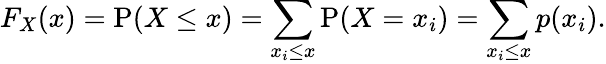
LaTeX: F_{X}(x)=\operatorname{P}(X\leq x)=\sum_{x_{i}\leq x}\operatorname{P}(X=x_{i})=\sum_{x_{i}\leq x}p(x_{i}).